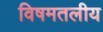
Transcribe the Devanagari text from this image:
विषमतलीय